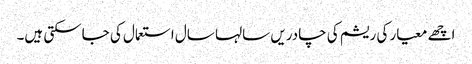
اچھے معیار کی ریشم کی چادریں سالہا سال استعمال کی جاسکتی ہیں۔